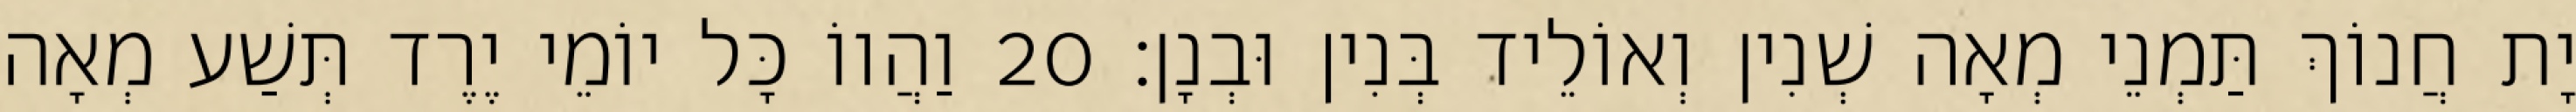
יָת חֲנוֹךְ תַּמְנֵי מְאָה שְׁנִין וְאוֹלֵיד בְּנִין וּבְנָן׃ 20 וַהֲווֹ כָּל יוֹמֵי יֶרֶד תְּשַׁע מְאָה